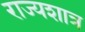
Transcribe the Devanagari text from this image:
राज्यशात्र